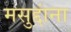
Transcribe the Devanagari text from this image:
मसुद्दांना